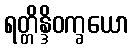
ရတ္တိန္ဒိဝက္ခယော